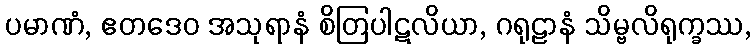
ပမာဏံ, ဧတဒေဝ အသုရာနံ စိတြပါဋလိယာ, ဂရုဠာနံ သိမ္ဗလိရုက္ခဿ,